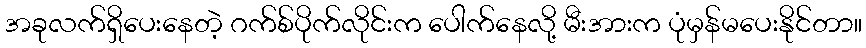
အခုလက်ရှိပေးနေတဲ့ ဂက်စ်ပိုက်လိုင်းက ပေါက်နေလို့ မီးအားက ပုံမှန်မပေးနိုင်တာ။